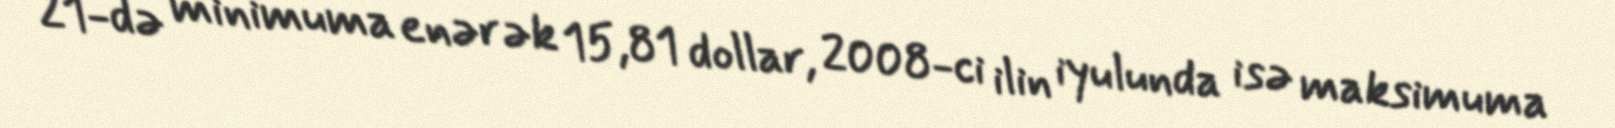
21-də minimuma enərək 15,81 dollar, 2008-ci ilin iyulunda isə maksimuma